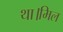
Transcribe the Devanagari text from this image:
था।मिल